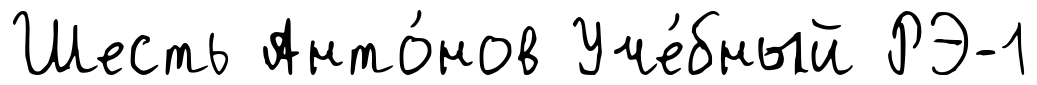
Шесть Анто́нов Уче́бный РЭ-1